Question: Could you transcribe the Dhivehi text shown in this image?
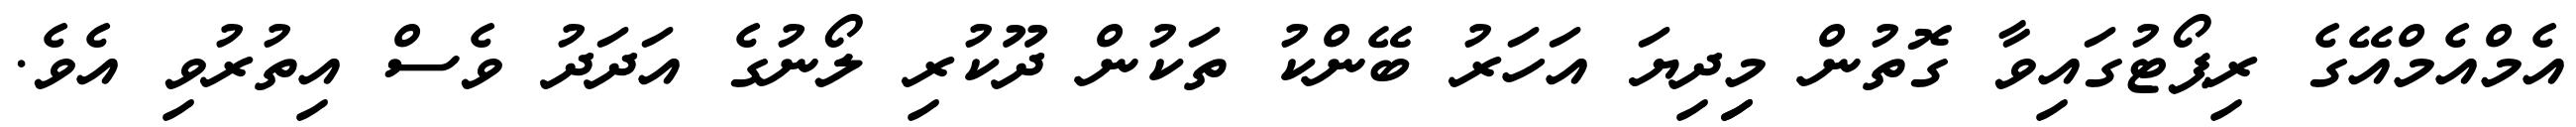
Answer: އެމްއެމްއޭގެ ރިޕޯޓުގައިވާ ގޮތުން މިިދިޔަ އަހަރު ބޭންކު ތަކުން ދޫކުރި ލޯނުގެ އަދަދު ވެސް އިތުރުވި އެވެ.